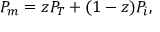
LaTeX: P _ { m } = z P _ { T } + ( 1 - z ) P _ { i } ,